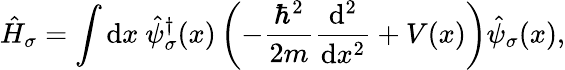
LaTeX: \hat{H}_{\sigma}=\int\mathrm{d}x~\hat{\psi}_{\sigma}^{\dagger}(x)\left(-\frac{\hbar^{2}}{2m}\frac{\mathrm{d^{2}}}{\mathrm{d}x^{2}}+V(x)\right)\hat{\psi}_{\sigma}(x),